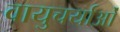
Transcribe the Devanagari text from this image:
वायुचर्याओं